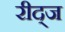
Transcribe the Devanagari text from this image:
रीद्ज